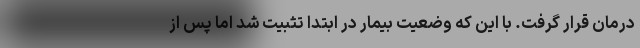
درمان قرار گرفت. با این که وضعیت بیمار در ابتدا تثبیت شد اما پس از